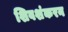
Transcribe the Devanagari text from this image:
शिवशंकरन